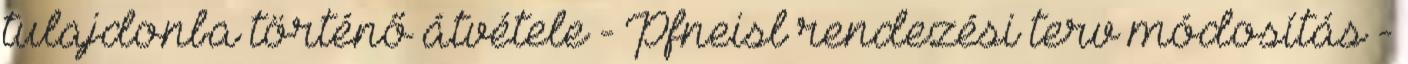
tulajdonba történő átvétele - Pfneisl rendezési terv módosítás -